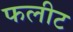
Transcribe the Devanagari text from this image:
फलीट